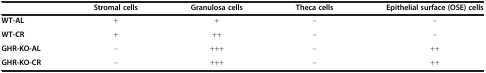
|  | Stromal cells | Granulosa cells | Theca cells | Epithelial surface (OSE) cells |
 | --- | --- | --- | --- | --- |
 | WT-AL | + | + | – | – |
 | WT-CR | + | ++ | – | – |
 | GHR-KO-AL | – | +++ | – | ++ |
 | GHR-KO-CR | – | +++ | – | ++ |